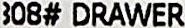
08# DRAWER